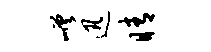
嵯迅睛